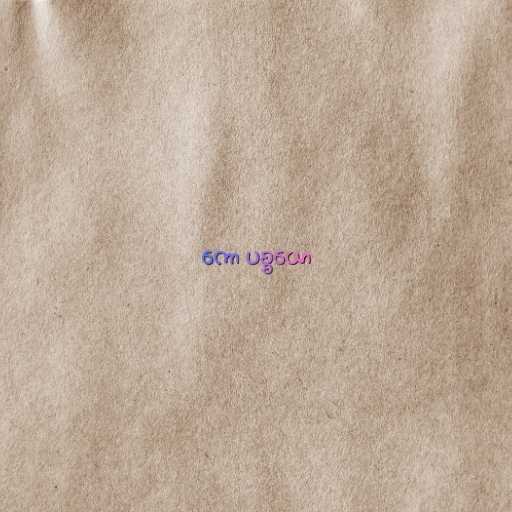
ကော ပစ္စယော